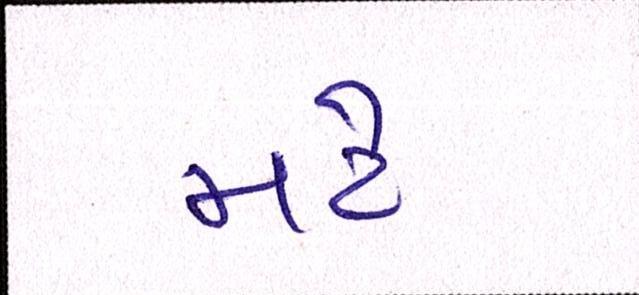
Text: મટે